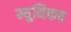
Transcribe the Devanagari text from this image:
म्युनिकच